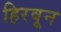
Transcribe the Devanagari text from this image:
हिरवून